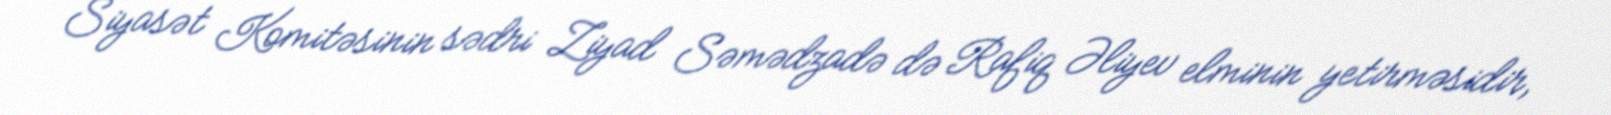
Siyasət Komitəsinin sədri Ziyad Səmədzadə də Rafiq Əliyev elminin yetirməsidir,